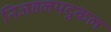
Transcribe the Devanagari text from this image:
निजहलपदुकल